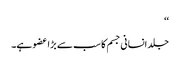
‘‘
جلد انسانی جسم کا سب سے بڑا عضو ہے۔